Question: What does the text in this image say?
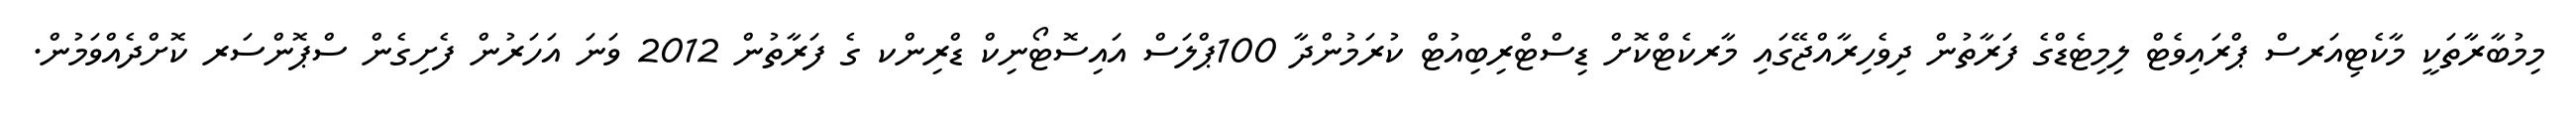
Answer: މިމުބާރާތަކީ މާކެޓިއަރސް ޕްރައިވެޓް ލިމިޓެޑްގެ ފަރާތުން ދިވެހިރާއްޖޭގައި މާރކެޓްކޮށް ޑިސްޓްރިބިއުޓް ކުރަމުންދާ 100ޕްލަސް އައިސޮޓޯނިކް ޑްރިންކ ގެ ފަރާތުން 2012 ވަނަ އަހަރުން ފެށިގެން ސްޕޮންސަރ ކޮށްދެއްވަމުން.